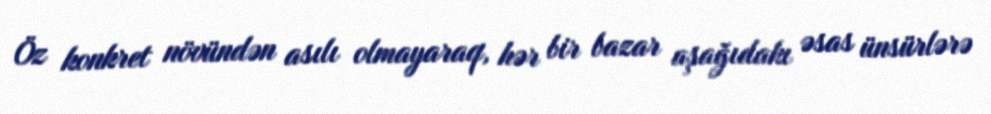
Öz konkret növündən asılı olmayaraq, hər bir bazar aşağıdakı əsas ünsürlərə